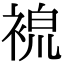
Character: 𧚷